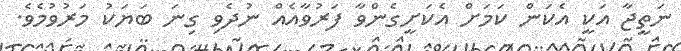
ނަތީޖާ އަކީ އެކަން ކަމަށް އެކަށީގެންވާ ފަރުވާއެއް ނުދެވި ގިނަ ބަޔަކު މަރުވުމެވެ.